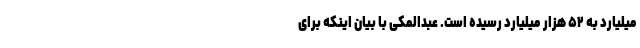
میلیارد به ۵۲ هزار میلیارد رسیده است. عبدالمکی با بیان اینکه برای